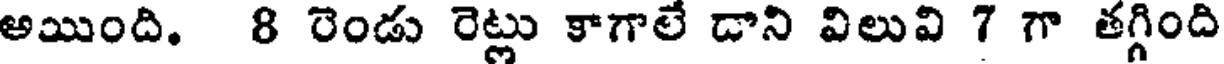
అయింది. 8 రెండు రెట్లు కాగాలే డాని విలువి 7 గా తగ్గింది